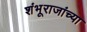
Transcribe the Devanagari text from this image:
शंभूराजांच्या